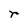
Character: r